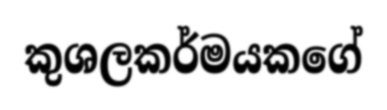
කුශලකර්මයකගේ